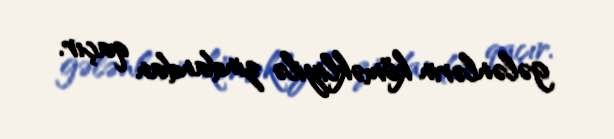
gələnlərin köməkliyilə zindandan qaçır.